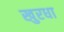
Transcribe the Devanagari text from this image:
खुरधा